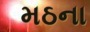
મઠના